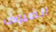
الضيوف